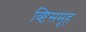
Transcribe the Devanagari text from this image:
व्ष्टिसमूह